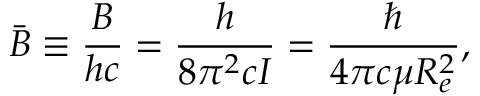
{ \bar { B } } \equiv { \frac { B } { h c } } = { \frac { h } { 8 \pi ^ { 2 } c I } } = { \frac { \hbar } { 4 \pi c \mu R _ { e } ^ { 2 } } } ,